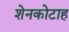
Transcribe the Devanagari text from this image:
शेनकोटाह